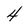
Character: 4